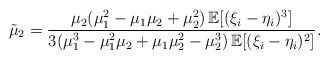
\begin{align*} \tilde\mu_2=\frac{\mu_2 (\mu_1^2-\mu_1\mu_2+\mu_2^2 )\,\mathbb E [(\xi_i-\eta_i)^3 ]}{3 (\mu_1^3-\mu_1^2\mu_2+\mu_1\mu_2^2-\mu_2^3 )\,\mathbb E [(\xi_i-\eta_i)^2 ]}.\end{align*}